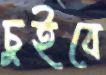
চুইবে